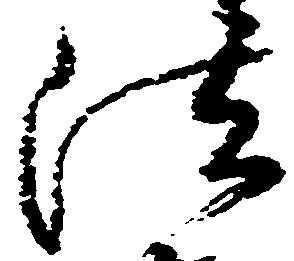
法